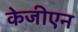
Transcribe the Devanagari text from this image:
केजीएन